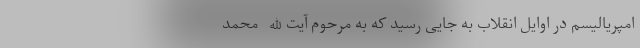
امپریالیسم در اوایل انقلاب به جایی رسید که به مرحوم آیت‌الله محمد